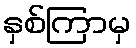
နှစ်ကြာမှ